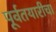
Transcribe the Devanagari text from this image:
पूर्वतयारीचा